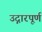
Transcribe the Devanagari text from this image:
उद्गारपूर्ण